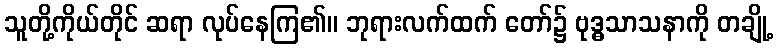
သူတို့ကိုယ်တိုင် ဆရာ လုပ်နေကြ၏။ ဘုရားလက်ထက် တော်၌ ဗုဒ္ဓသာသနာကို တချို့